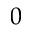
0